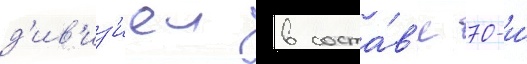
д'ив'из'иеи в соста́в'е 70-и́